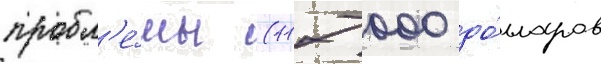
пробл'е́мы (117 000 до́лларов